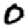
Digit: 0